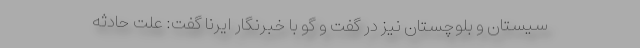
سیستان و بلوچستان نیز در گفت و گو با خبرنگار ایرنا گفت: علت حادثه